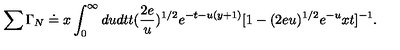
\sum \Gamma _ { N } \doteq x \int _ { 0 } ^ { \infty } d u d t t ( \frac { 2 e } { u } ) ^ { 1 / 2 } e ^ { - t - u ( y + 1 ) } [ 1 - ( 2 e u ) ^ { 1 / 2 } e ^ { - u } x t ] ^ { - 1 } .